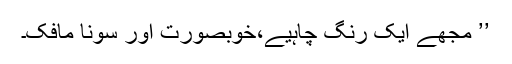
’’ مجھے ایک رِنگ چاہیے،خوبصورت اور سونا مافک۔